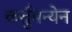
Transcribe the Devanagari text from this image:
कर्तुमन्येन